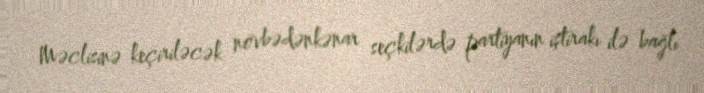
Məclisinə keçiriləcək növbədənkənar seçkilərdə partiyanın iştirakı ilə bağlı